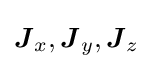
{\boldsymbol {J}}_{x},{\boldsymbol {J}}_{y},{\boldsymbol {J}}_{z}